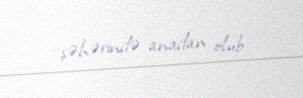
şəhərində anadan olub.